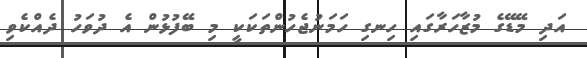
އަދި މޭޑޭގެ މުޒާހަރާގައި ހިނގި ހަމަނުޖެހުންތަކަކީ މި ބޭފުޅުން އެ ދުވަހު ދެއްކެވި